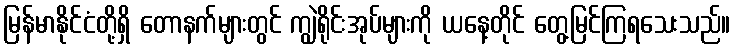
မြန်မာနိုင်ငံတို့ရှိ တောနက်များတွင် ကျွဲရိုင်းအုပ်များကို ယနေ့တိုင် တွေ့မြင်ကြရသေးသည်။